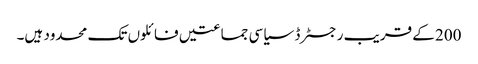
200 کے قریب رجسٹرڈ سیاسی جماعتیں فائلوں تک محدود ہیں۔